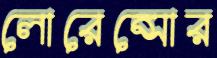
লোরেন্সোর